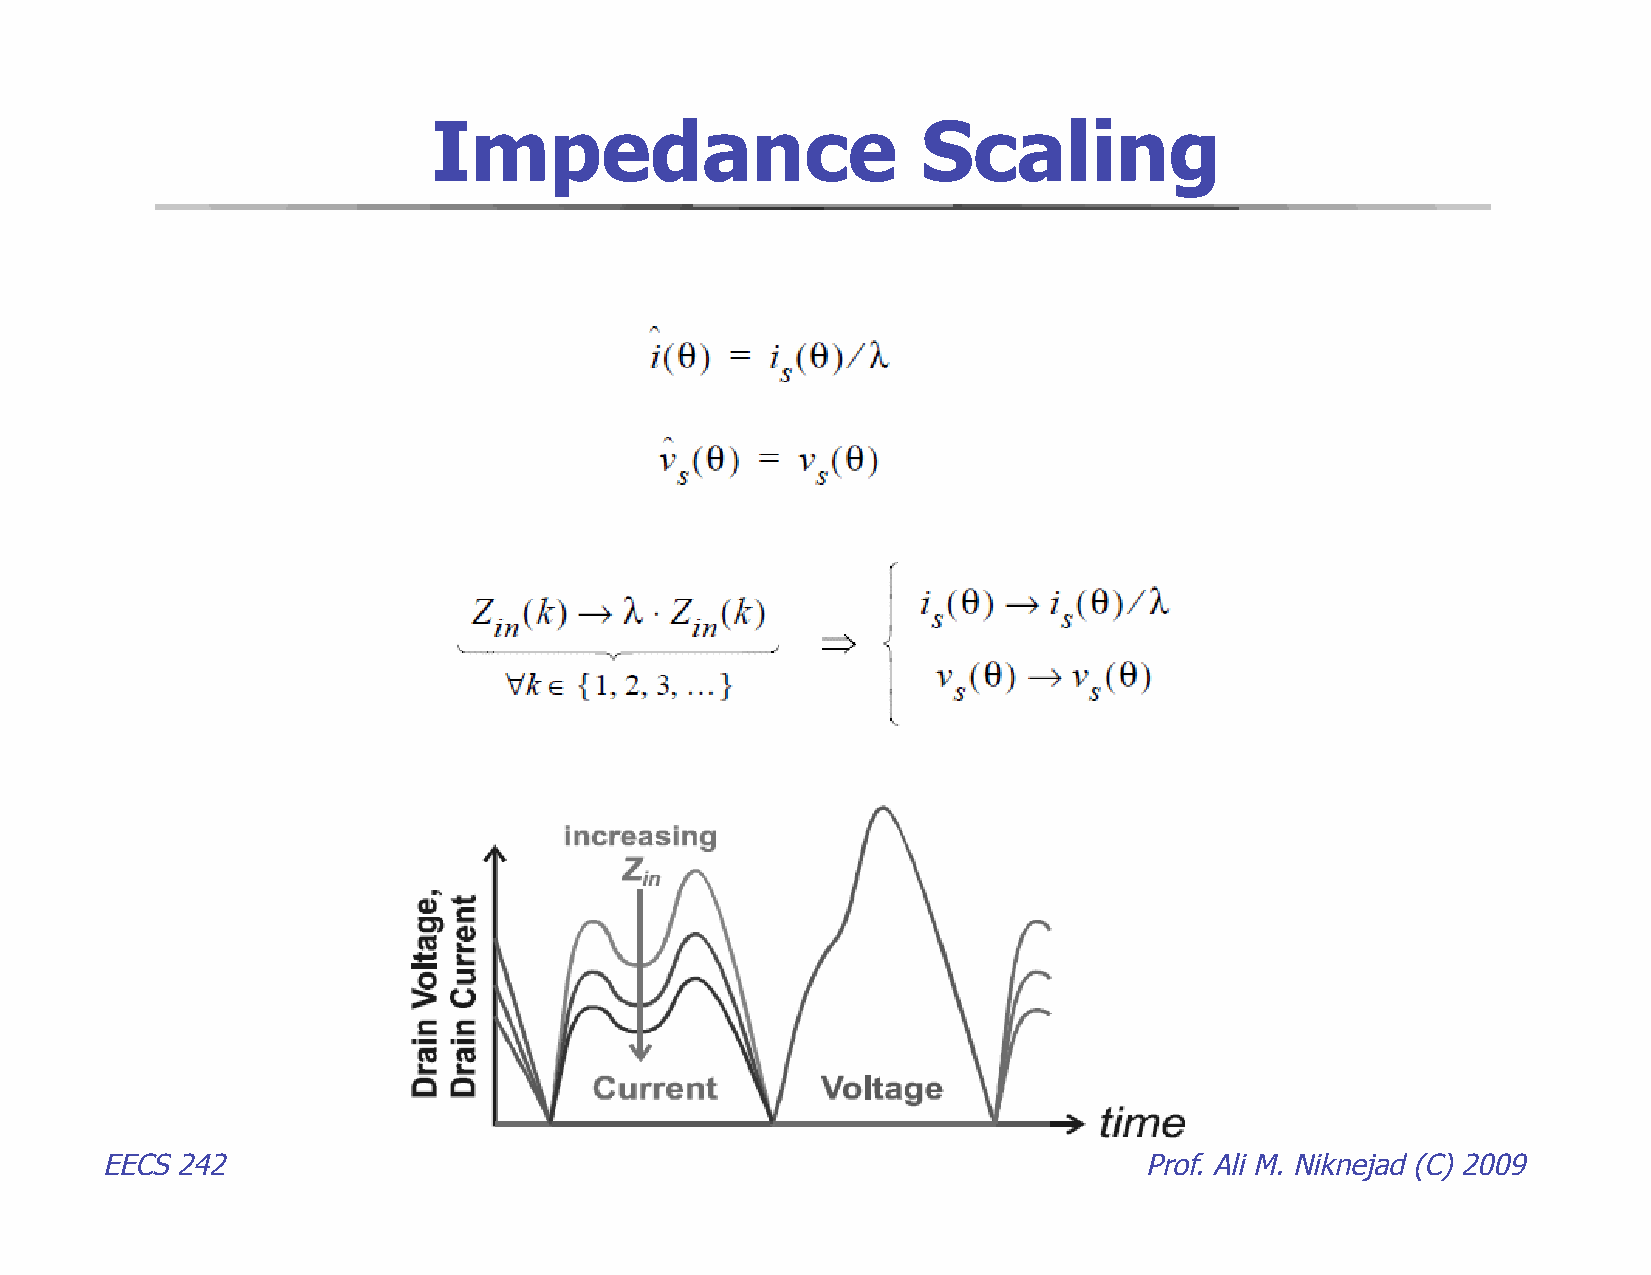
Impedance                       Scaling
 EECS 242                                                             Prof. Ali M. Niknejad (C) 2009